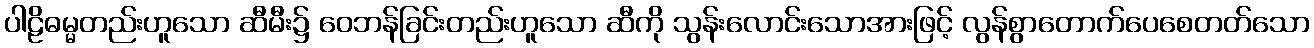
ပါဠိဓမ္မတည်းဟူသော ဆီမီး၌ ဝေဘန်ခြင်းတည်းဟူသော ဆီကို သွန်းလောင်းသောအားဖြင့် လွန်စွာတောက်ပေစေတတ်သော